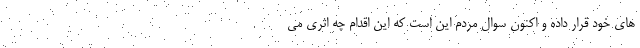
های خود قرار داده و اکنون سوال مردم این است که این اقدام چه اثری می